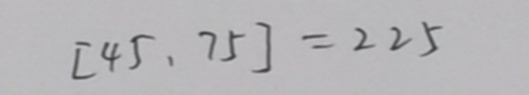
[ 4 5 , 7 5 ] = 2 2 5